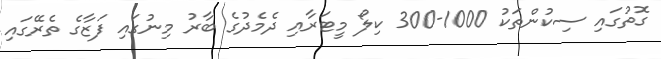
ގޮތުގައި ސިކުންތަކު 1000-300 ކިލޯ މީޓަރާއި ދެމެދުގެ ބާރު މިނުގައި ފަޒާގެ ތެރޭގައި